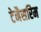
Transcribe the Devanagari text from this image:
टेनैसरिम